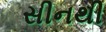
સીનથી